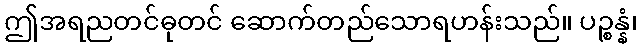
ဤအရညတင်ဓုတင် ဆောက်တည်သောရဟန်းသည်။ ပဉ္စန္နံ၊